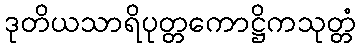
ဒုတိယသာရိပုတ္တကောဋ္ဌိကသုတ္တံ